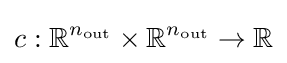
c:\mathbb {R} ^{n_{\mathrm {out} }}\times \mathbb {R} ^{n_{\mathrm {out} }}\to \mathbb {R}